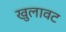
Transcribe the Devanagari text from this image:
खुलावट